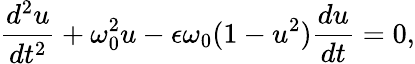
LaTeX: \frac{d^{2}u}{dt^{2}}+\omega_{0}^{2}{u}-\epsilon\omega_{0}(1-u^{2})\frac{du}{dt}=0,